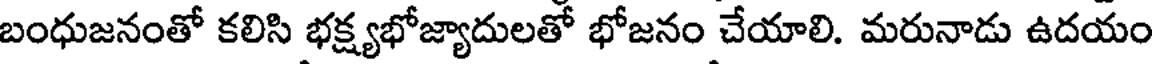
బంధుజనంతో కలిసి భక్ష్యభోజ్యాదులతో భోజనం చేయాలి. మరునాడు ఉదయం